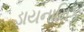
ડાયનામિક